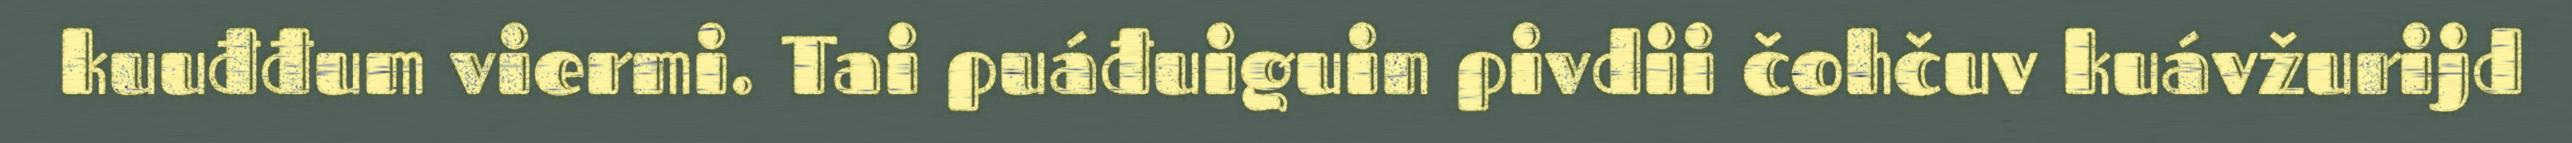
kuuđđum viermi. Tai puáđuiguin pivdii čohčuv kuávžurijd